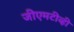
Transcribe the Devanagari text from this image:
जीएमटीव्ही